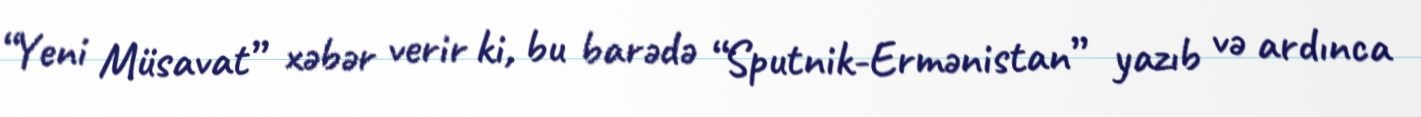
“Yeni Müsavat” xəbər verir ki, bu barədə “Sputnik-Ermənistan” yazıb və ardınca